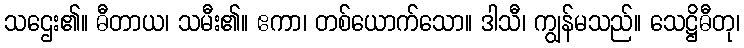
သဌေး၏။ ဓီတာယ၊ သမီး၏။ ဧကာ၊ တစ်ယောက်သော။ ဒါသီ၊ ကျွန်မသည်။ သေဋ္ဌိဓီတု၊